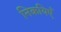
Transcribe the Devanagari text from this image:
निकयिएँ